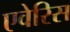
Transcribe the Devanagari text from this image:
एवेरिस